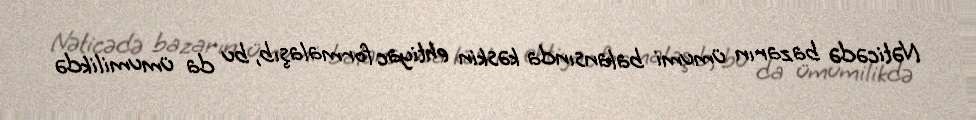
Nəticədə bazarın ümumi balansında kəskin ehtiyac formalaşıb, bu da ümumilikdə